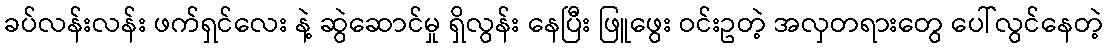
ခပ်လန်းလန်း ဖက်ရှင်လေး နဲ့ ဆွဲဆောင်မှု ရှိလွန်း နေပြီး ဖြူဖွေး ဝင်းဥတဲ့ အလှတရားတွေ ပေါ်လွင်နေတဲ့